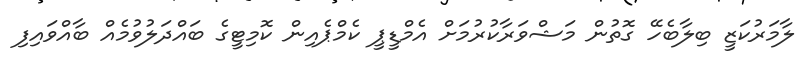
ލާމަރުކަޒީ ބިލާބެހޭ ގޮތުން މަޝްވަރާކުރުމަށް އެމްޑީޕީ ކެމްޕެއިން ކޮމިޓީގެ ބައްދަލުވުމެއް ބާއްވައިފި